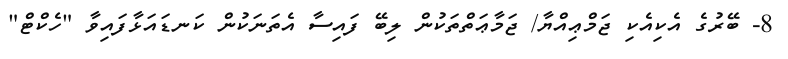
8- ބޭރުގެ އެކިއެކި ޖަމްޢިއްޔާ/ ޖަމާޢަތްތަކުން ލިބޭ ފައިސާ އެތަނަކުން ކަނޑައަޅާފައިވާ "ހެކްޓް"